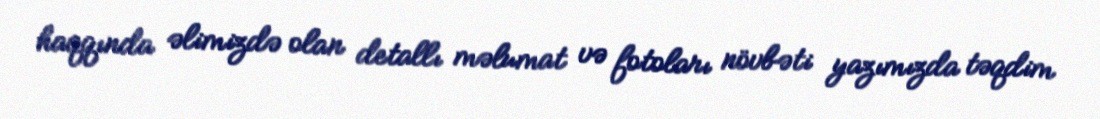
haqqında əlimizdə olan detallı məlumat və fotoları növbəti yazımızda təqdim